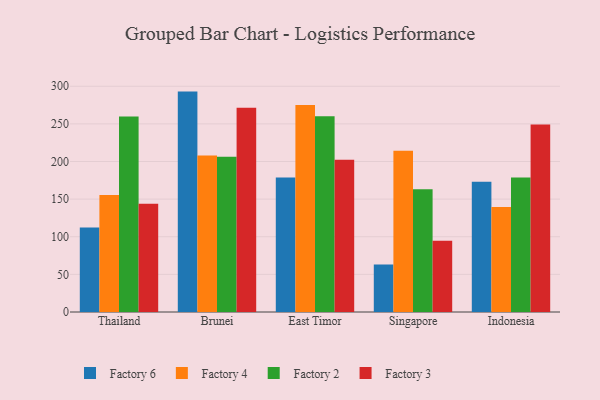
{"axis": {"x": "Country", "y": "Active Users"}, "legend": ["Factory 2", "Factory 3", "Factory 4", "Factory 6"], "data": [{"x": "Thailand", "y": 112.4, "type": "Factory 6"}, {"x": "Thailand", "y": 155.6, "type": "Factory 4"}, {"x": "Thailand", "y": 259.7, "type": "Factory 2"}, {"x": "Thailand", "y": 143.8, "type": "Factory 3"}, {"x": "Brunei", "y": 292.9, "type": "Factory 6"}, {"x": "Brunei", "y": 208.0, "type": "Factory 4"}, {"x": "Brunei", "y": 206.3, "type": "Factory 2"}, {"x": "Brunei", "y": 271.5, "type": "Factory 3"}, {"x": "East Timor", "y": 178.6, "type": "Factory 6"}, {"x": "East Timor", "y": 275.2, "type": "Factory 4"}, {"x": "East Timor", "y": 260.3, "type": "Factory 2"}, {"x": "East Timor", "y": 202.2, "type": "Factory 3"}, {"x": "Singapore", "y": 63.0, "type": "Factory 6"}, {"x": "Singapore", "y": 214.4, "type": "Factory 4"}, {"x": "Singapore", "y": 163.1, "type": "Factory 2"}, {"x": "Singapore", "y": 94.7, "type": "Factory 3"}, {"x": "Indonesia", "y": 173.0, "type": "Factory 6"}, {"x": "Indonesia", "y": 139.7, "type": "Factory 4"}, {"x": "Indonesia", "y": 178.9, "type": "Factory 2"}, {"x": "Indonesia", "y": 249.3, "type": "Factory 3"}]}